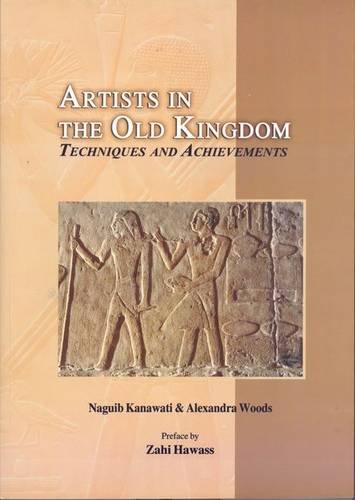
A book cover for Artists in the Old Kingdom: Techniques and Achievements; Naguib Kanawati; History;